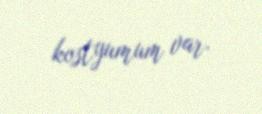
kostyumum var.